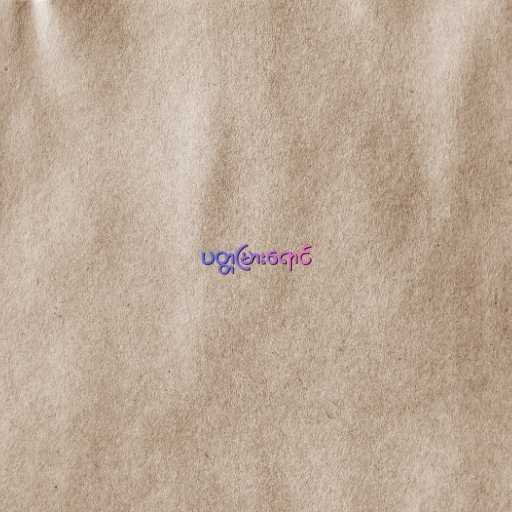
ပတ္တမြားရောင်